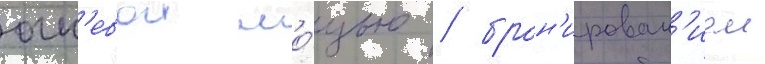
огн'евои мо́щью / брон'ирован'ием